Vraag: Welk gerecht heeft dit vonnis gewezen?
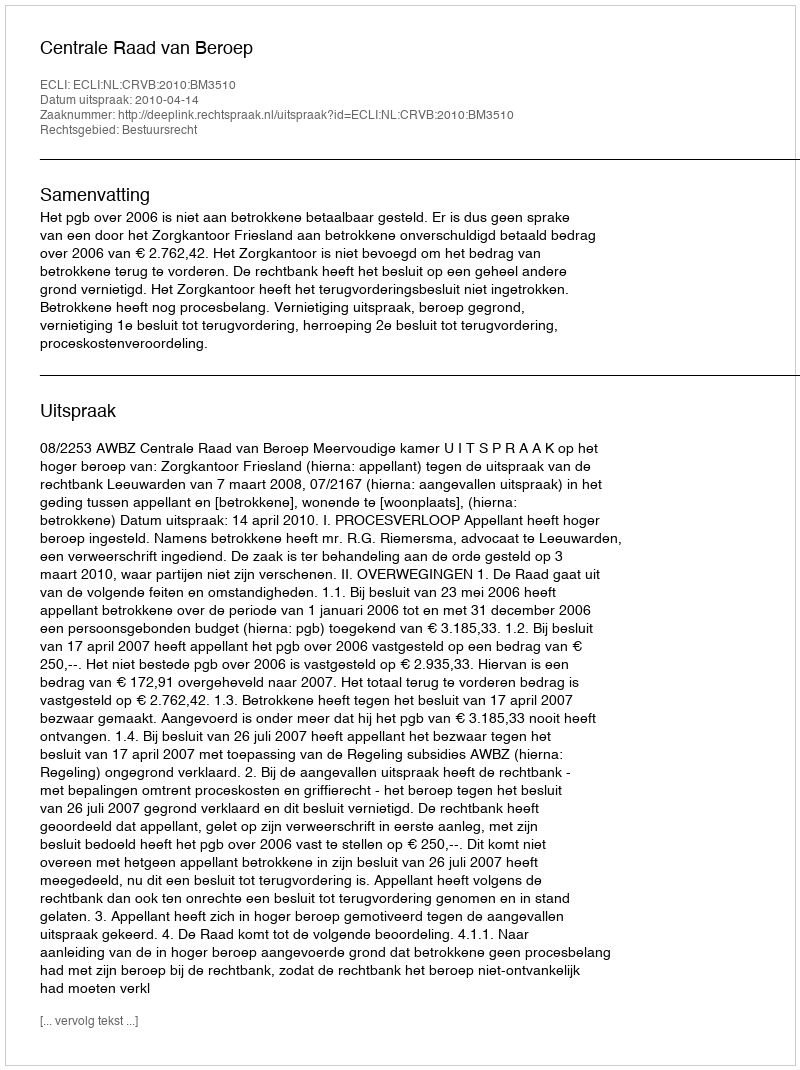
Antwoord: Centrale Raad van Beroep